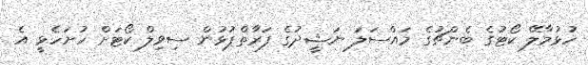
ހުޅުމާލޭ ކޯޓުގެ ބެންޗުގެ މައްސަލަ ނަޝީދުގެ ފަރާތްޕުޅުން ސިވިލް ކޯޓަށް ހުށަހެޅީ އެ